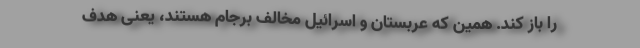
را باز کند. همین که عربستان و اسرائیل مخالف برجام هستند، یعنی هدف